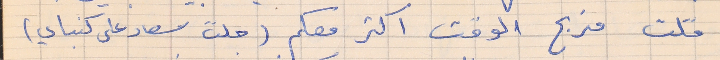
قلت منربح الوقت اكتر معكم (جلست سعاد على كنباي)